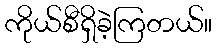
ကိုယ်စီရှိခဲ့ကြတယ်။